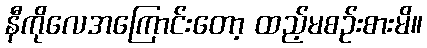
နီကိုလေအကြောင်းတော့ ထည့်မစဉ်းစားမိ။